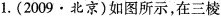
1.(2009·北京)如图所示，在三棱